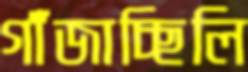
গাঁজাচ্ছিলি